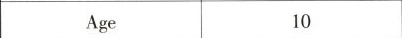
Age 10